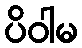
ပိဝါမ